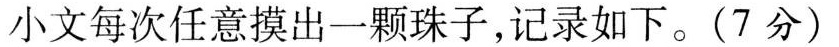
小文每次任意摸出一颗珠子，记录如下。(7分)